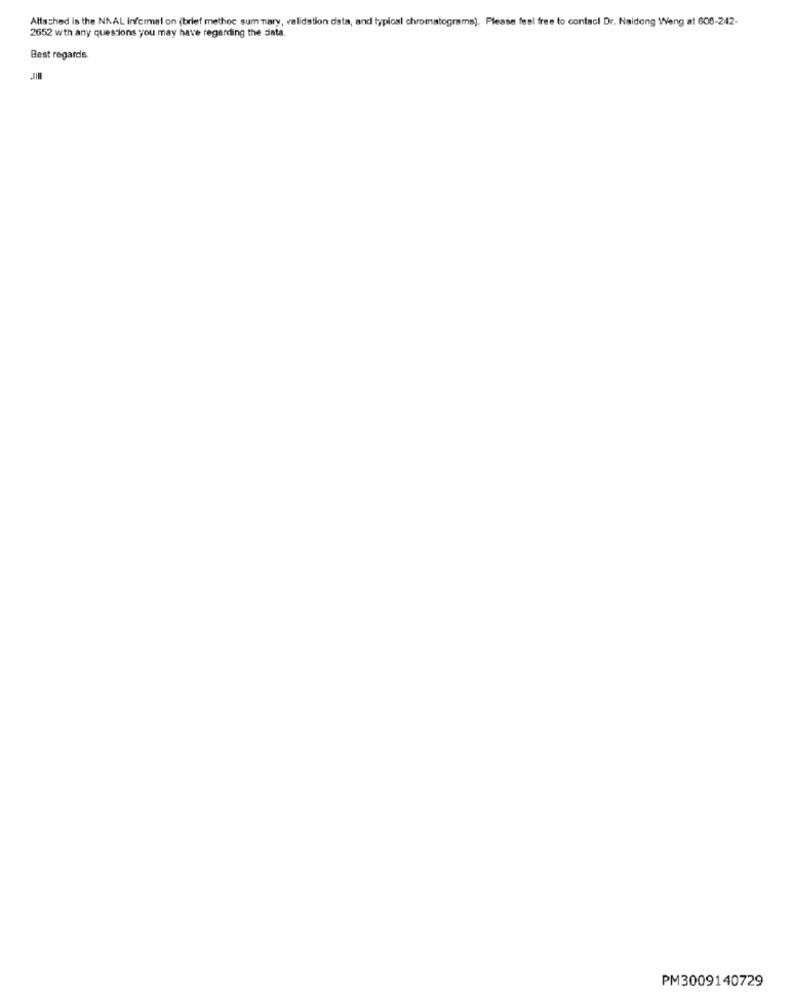
Altached is the NNAL Informal on (brief methoc summary, validation data, and typical chromatograms). Please feel free to contact Dr. Naidong Weng at 608-242-
2652 wth any questions you may have regarding the data.
Best regards
JIM
PM3009140729